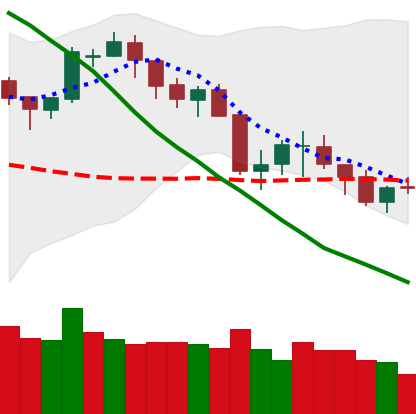
Ticker: BTC-USD
Chart end date: 2018-05-19
Forward return: -8.001%
Label: down_7plus